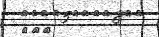
١٥٧